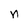
Character: n